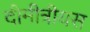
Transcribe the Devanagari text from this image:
दीमीत्रीयस